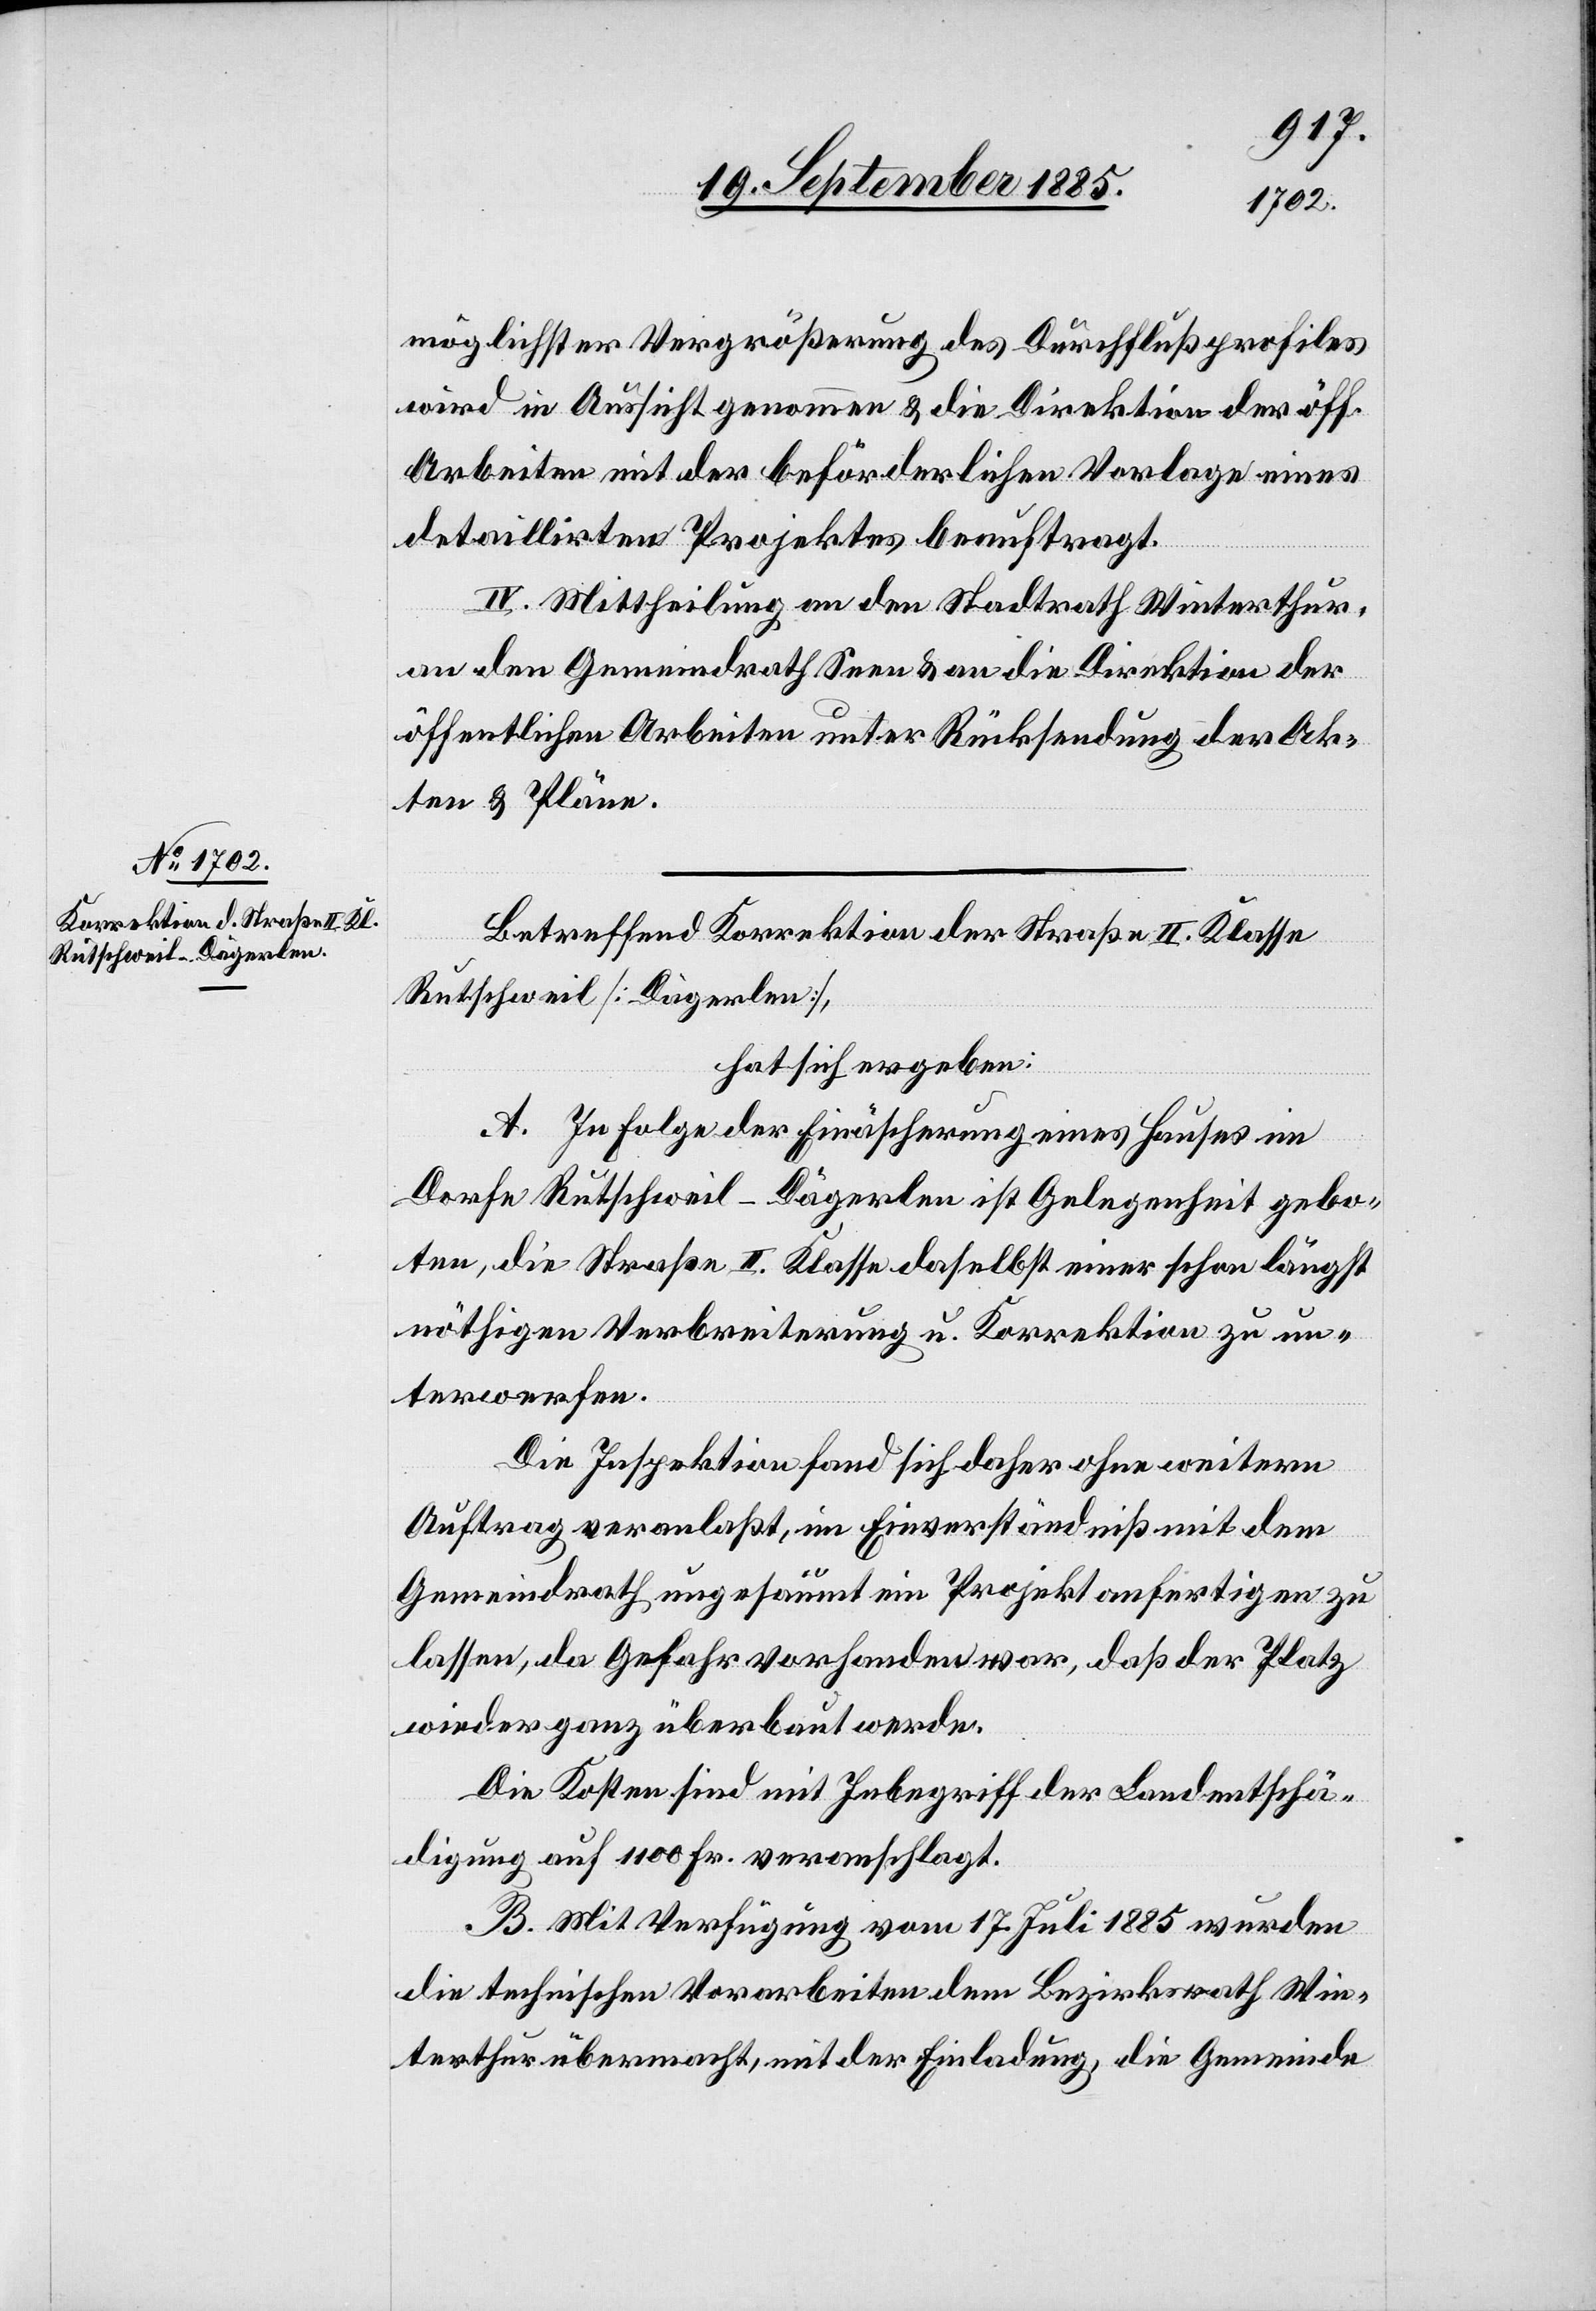
möglichster Vergrößerung des Durchflußprofiles
wird in Aussicht genommen & die Direktion der öff.
Arbeiten mit der beförderlichen Vorlage eines
detaillirten Projektes beauftragt.
IV. Mittheilung an den Stadtrath Winterthur,
an den Gemeindrath Seen & an die Direktion der
öffentlichen Arbeiten unter Rücksendung der Ak¬
ten & Pläne.
Betreffend Korrektion der Straße II. Klasse
Rutschweil [Dägerlen],
hat sich ergeben:
A. In Folge der Einäscherung eines Hauses im
Dorfe Rutschweil - Dägerlen ist Gelegenheit gebo¬
ten, die Straße II. Klasse daselbst einer schon längst
nöthigen Verbreiterung u. Korrektion zu un¬
terwerfen.
Die Inspektion fand sich aber ohne weitern
Auftrag veranlaßt, im Einverständniß mit dem
Gemeindrath ungesäumt ein Projekt anfertigen zu
lassen, da Gefahr vorhanden war, daß der Platz
wieder ganz überbaut werde.
Die Kosten sind mit Inbegriff der Landentschä¬
digung auf 1100 Fr. veranschlagt.
B. Mit Verfügung vom 17. Juli 1885 wurden
die technischen Vorarbeiten dem Bezirksrath Win¬
terthur übermacht, mit der Einladung, die Gemeinde